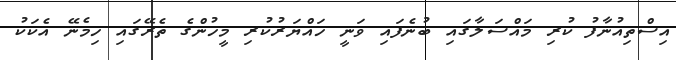
އިސްތިއުނާފު ކުރި މައްސަލާގައި ބުނެފައި ވަނީ ހައްޔަރުކުރި މީހުންގެ ތެރޭގައި ހިމެނޭ އެކަކު